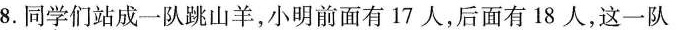
8.同学们站成一队跳山羊，小明前面有17人，后面有18人，这一队